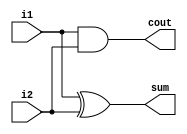
module ha_g(sum, cout, i1, i2);
	input i1, i2;
	output sum, cout;

	xor x1(sum, i1, i2);
	and a1(cout, i1, i2);
	
endmodule

module ha_d(sum, cout, i1, i2);
	
	input i1, i2;
	output sum, cout;

	assign sum = i1 ^ i2;
	assign cout = i1 & i2;

endmodule

module fa_g(sum, cout, i1, i2, cin);
	
	input i1, i2, cin;
	output sum, cout;

	wire t1, t2, t3;

	xor x1(sum, i1, i2, cin);
	and a1(t1, i1, i2);
	and a2(t2, i2, cin);
	and a3(t3, i1, cin);
	or o1(cout, t1, t2, t3);

endmodule

module fa_d(sum, cout, i1, i2, cin);
	
	input i1, i2, cin;
	output sum, cout;

	assign sum = i1 ^ i2 ^ cin;
	assign cout = (i1 & i2) | (i2 & cin) | (i1 & cin);

endmodule

module five_bit_adder (sum, cout, cin, i1, i2);

	input [4:0] i1;
	input [4:0] i2;
    input cin;
	output [4:0] sum;
	output cout;

    wire C1, C2, C3, C4;

    fa_g ha0 (sum[0], C1, i1[0], i2[0], 1'b0);
    fa_g fa1 (sum[1], C2, i1[1], i2[1], C1);
    fa_g fa2 (sum[2], C3, i1[2], i2[2], C2);
    fa_g fa3 (sum[3], C4, i1[3], i2[3], C3);
    fa_g fa4 (sum[4], cout, i1[4], i2[4], C4);

endmodule